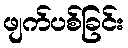
ဖျက်ပစ်ခြင်း